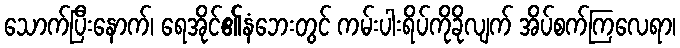
သောက်ပြီးနောက်၊ ရေအိုင်၏နံဘေးတွင် ကမ်းပါးရိပ်ကိုခိုလျက် အိပ်စက်ကြလေရာ၊